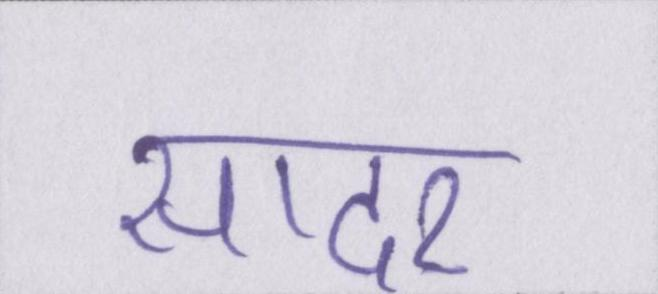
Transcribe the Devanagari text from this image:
सादर